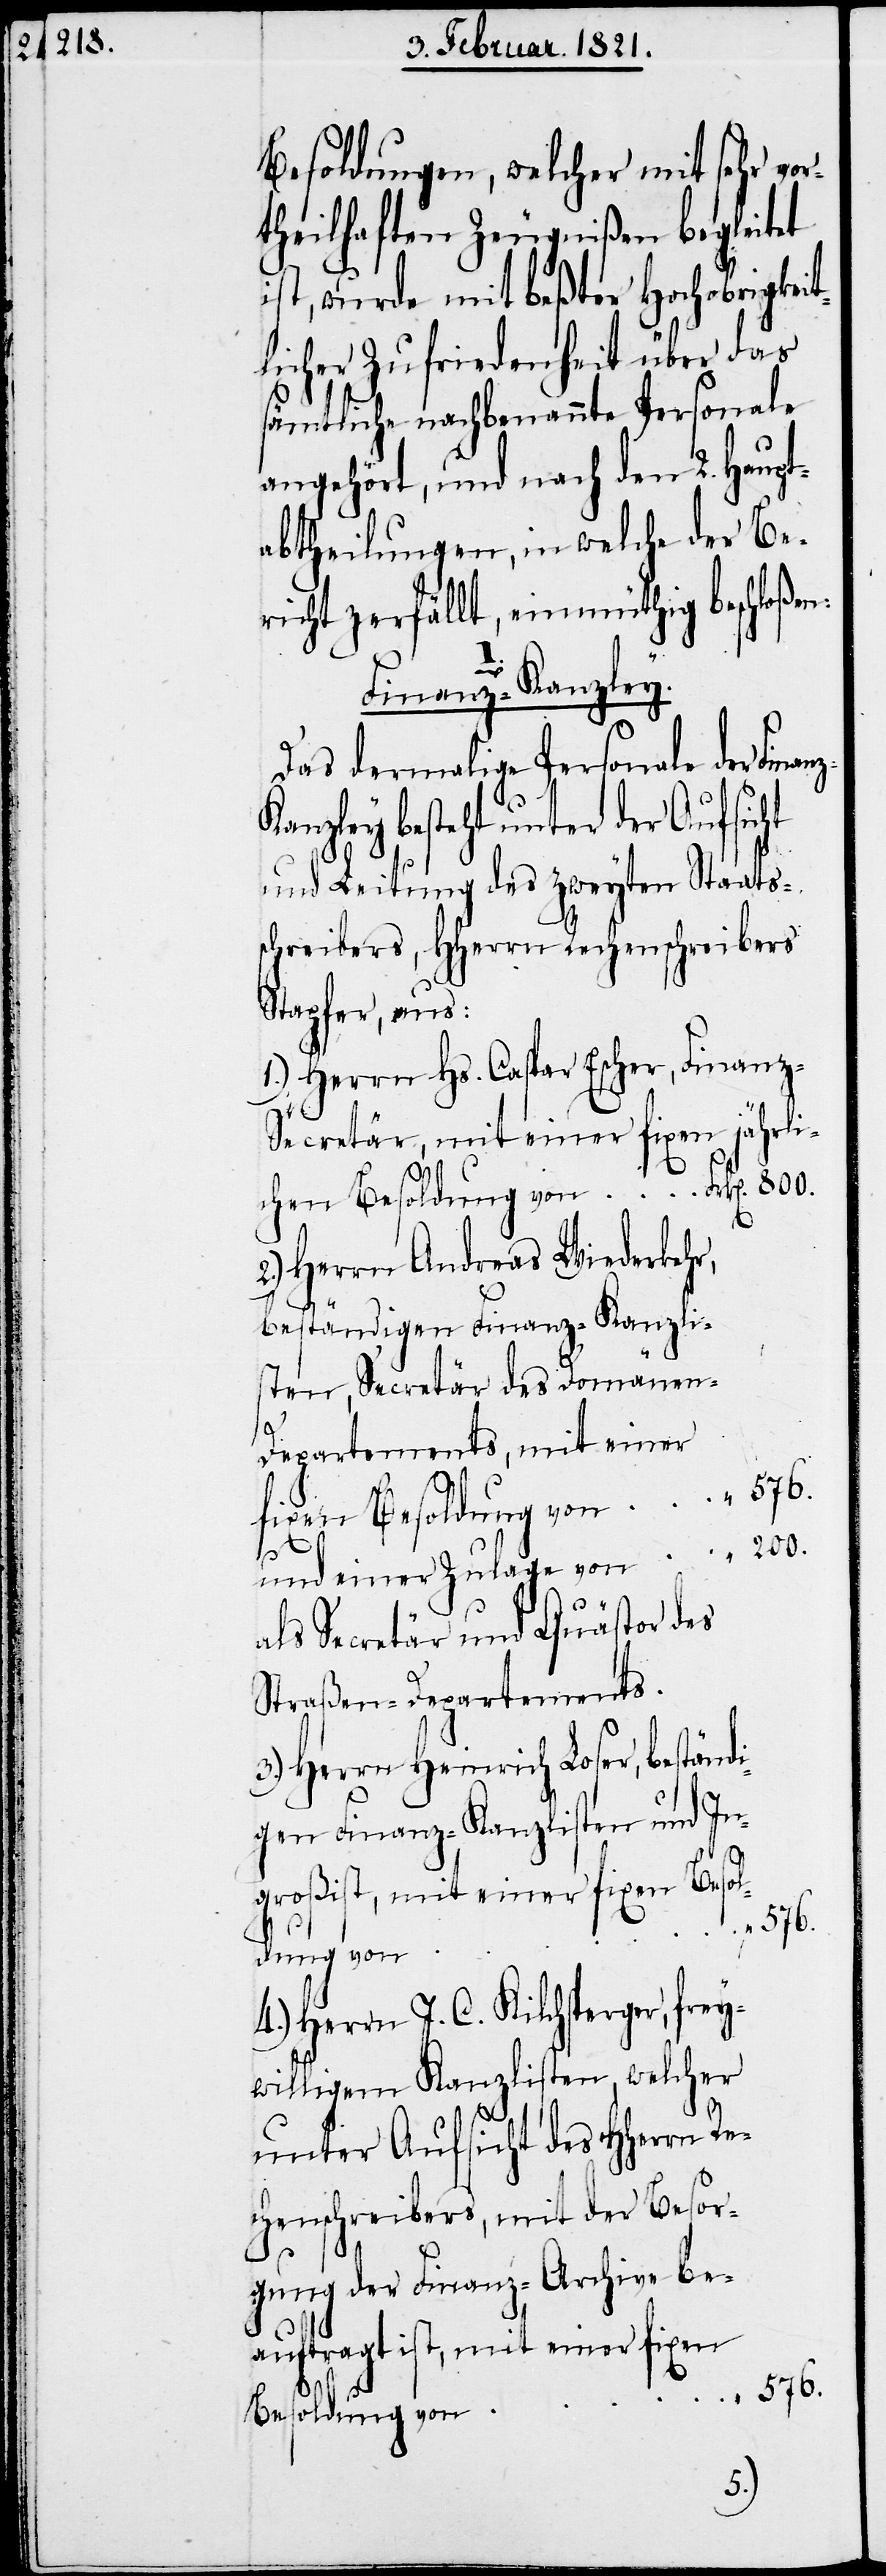
Besoldungen, welcher mit sehr vor¬
theilhaften Zeugnißen begleitet
ist, wurde mit beßter Hochobrigkeit¬
licher Zufriedenheit über das
sämtliche nachbenannte Personale
angehört, und nach den 2. Haupt¬
abtheilungen, in welche der Be¬
richt zerfällt, einmüthig beschloßen:
I.
Finanz-Kanzley
Das dermalige Personale der
besteht unter der Aufsicht
und Leitung des zweyten Staats¬
schreibers, HHerrn Rechenschreibers
Stapfer, aus:
Herrn Hs. Caspar Escher, Finanz-S¬
ecretär, mit einer fixen jährlic¬
Herrn Andreas Wiederkehr,
beständigen Finanz-Kanzli¬
sten, Secretär des Domänen-D¬
epartements, mit einer
576.
4.)
fixen Besoldung von
200.
und einer Zulage von
als Secretär und Quästor des
Straßen-Departements.
Herrn Heinrich Loser, beständ¬
igen Finanz-Kanzlisten und In¬
großist, mit einer fixen Besol¬
dung von
Herrn J. C. Kilchsperger, frey¬
willigen Kanzlisten, welcher
unter Aufsicht des HHerrn Re¬
chenschreibers, mit der Besor¬
gung der Finanz-Archive be¬
auftragt ist, mit einer fixen
576.
Besoldung von
3.)